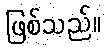
ဖြစ်သည်။